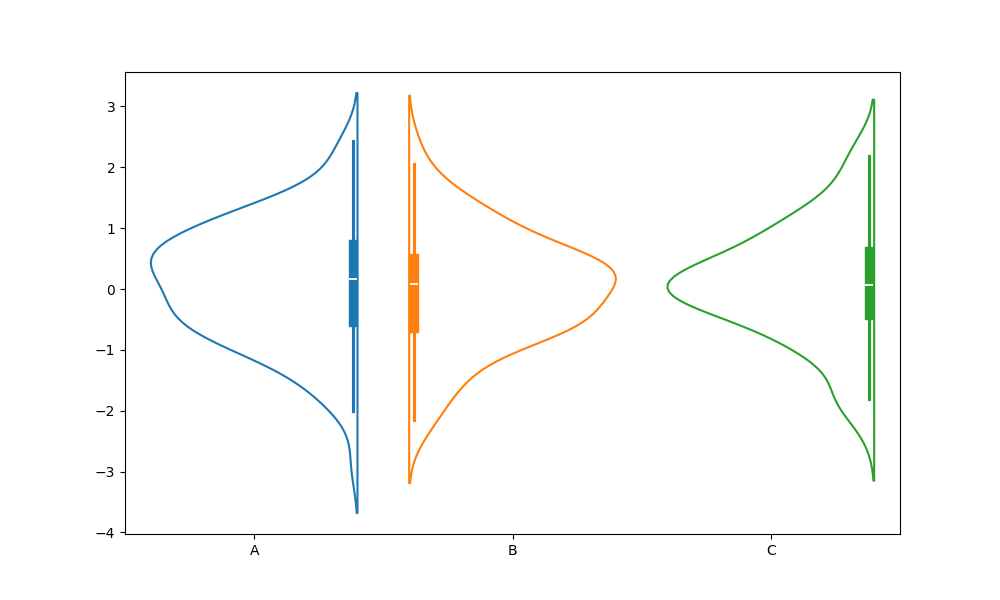
python, seaborn, violinplot, scale='width', split='True', inner='box', fill='False'